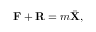
\mathbf { F } + \mathbf { R } = m { \ddot { \mathbf { X } } } ,